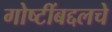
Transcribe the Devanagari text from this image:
गोष्टींबद्दलचे